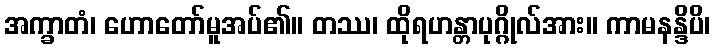
အက္ခာတံ၊ ဟောတော်မူအပ်၏။ တဿ၊ ထိုရဟန္တာပုဂ္ဂိုလ်အား။ ကာမနန္ဒိပိ၊